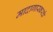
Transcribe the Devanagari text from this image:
मादागास्करचे